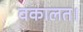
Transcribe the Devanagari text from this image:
वकालत।